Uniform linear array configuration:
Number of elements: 16
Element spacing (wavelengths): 0.25
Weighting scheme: kaiser
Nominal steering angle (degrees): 60
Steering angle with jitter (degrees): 58.277
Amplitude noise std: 0.05
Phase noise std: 0.05

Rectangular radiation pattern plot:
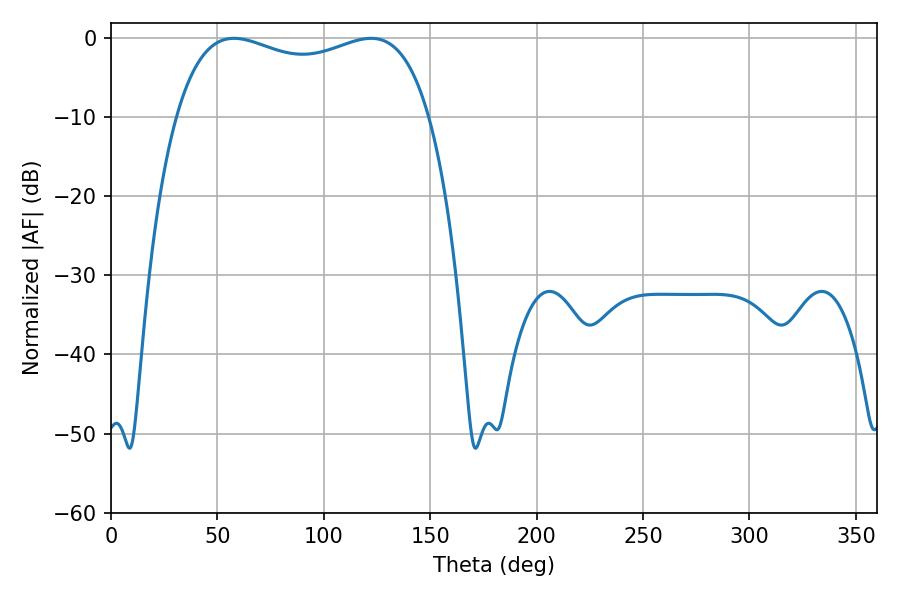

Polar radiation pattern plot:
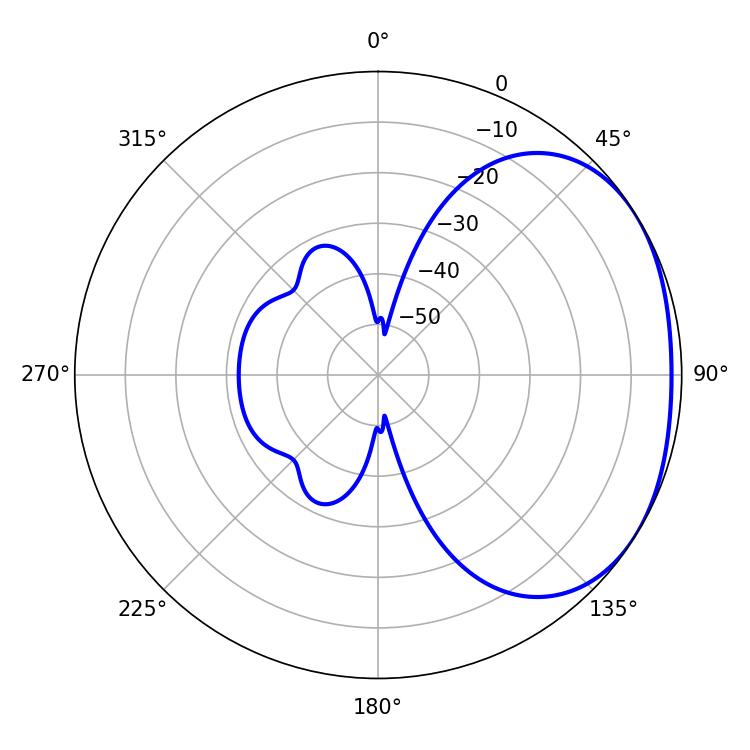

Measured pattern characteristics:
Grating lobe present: FALSE
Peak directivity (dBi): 1.96
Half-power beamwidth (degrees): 97.56
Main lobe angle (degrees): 57.78